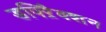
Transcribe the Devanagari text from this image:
डफ्ऱैिक्शन